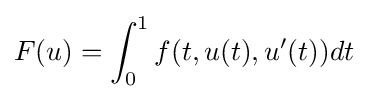
F(u)=\int _{0}^{1}f(t,u(t),u'(t))dt